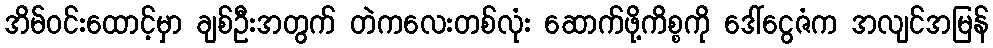
အိမ်ဝင်းထောင့်မှာ ချစ်ဦးအတွက် တဲကလေးတစ်လုံး ဆောက်ဖို့ကိစ္စကို ဒေါ်ငွေဇံက အလျင်အမြန်